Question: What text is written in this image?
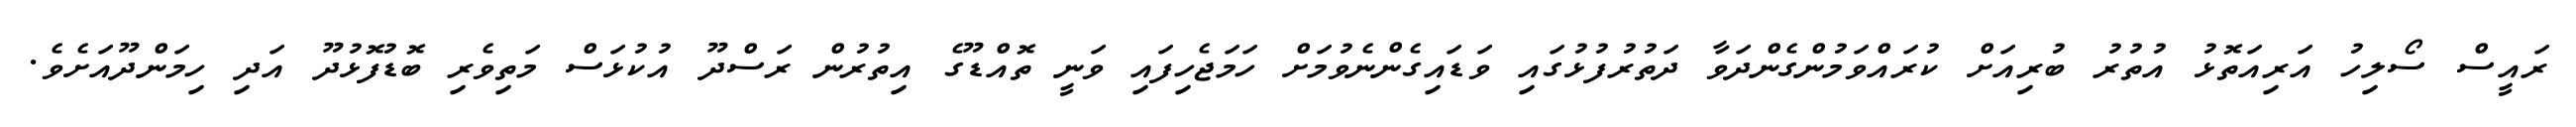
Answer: ރައީސް ސޯލިހު އަރިއަތޮޅު އުތުރު ބުރިއަށް ކުރައްވަމުންގެންދަވާ ދަތުރުފުޅުގައި ވަޑައިގެންނެވުމަށް ހަމަޖެހިފައި ވަނީ ތޮއްޑޫގެ އިތުރުން ރަސްދޫ އުކުޅަސް މަތިވެރި ބޮޑުފޮޅުދޫ އަދި ހިމަންދޫއަށެވެ.